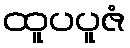
ထူပပူဇံ